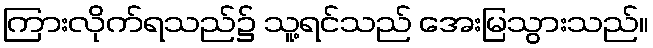
ကြားလိုက်ရသည်၌ သူ့ရင်သည် အေးမြသွားသည်။